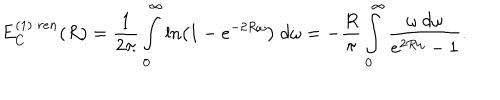
LaTeX: E _ { C } ^ { ( 1 ) \; r e n } ( R ) = \frac { 1 } { 2 \pi } \int _ { 0 } ^ { \infty } \ln \left( 1 - e ^ { - 2 R \omega } \right) ~ d \omega = - \frac { R } { \pi } \int _ { 0 } ^ { \infty } \frac { \omega ~ d \omega } { e ^ { 2 R \omega } - 1 } .